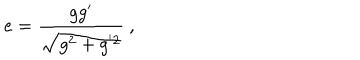
e = \frac { g g ^ { \prime } } { \sqrt { g ^ { 2 } + g ^ { ' 2 } } } \ ,